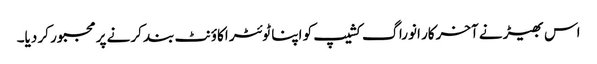
اس بھیڑ نے آخرکار انوراگ کشیپ کو اپنا ٹوئٹر اکاؤنٹ بند کرنے پر مجبور کر دیا۔